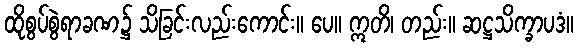
ထိုစွပ်စွဲရာခဏ၌ သိခြင်းလည်းကောင်း။ ပေ။ ဣတိ၊ တည်း။ ဆဋ္ဌသိက္ခာပဒံ။